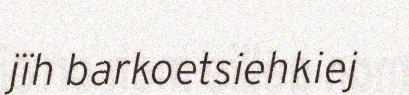
jïh barkoetsiehkiej